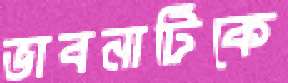
ভাবনাটিকে